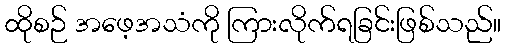
ထိုစဉ် အဖေ့အသံကို ကြားလိုက်ရခြင်းဖြစ်သည်။